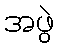
အဖွဲ